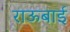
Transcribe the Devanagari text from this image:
राऊबाई